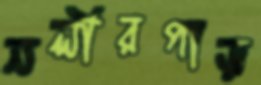
নলীরপাড়